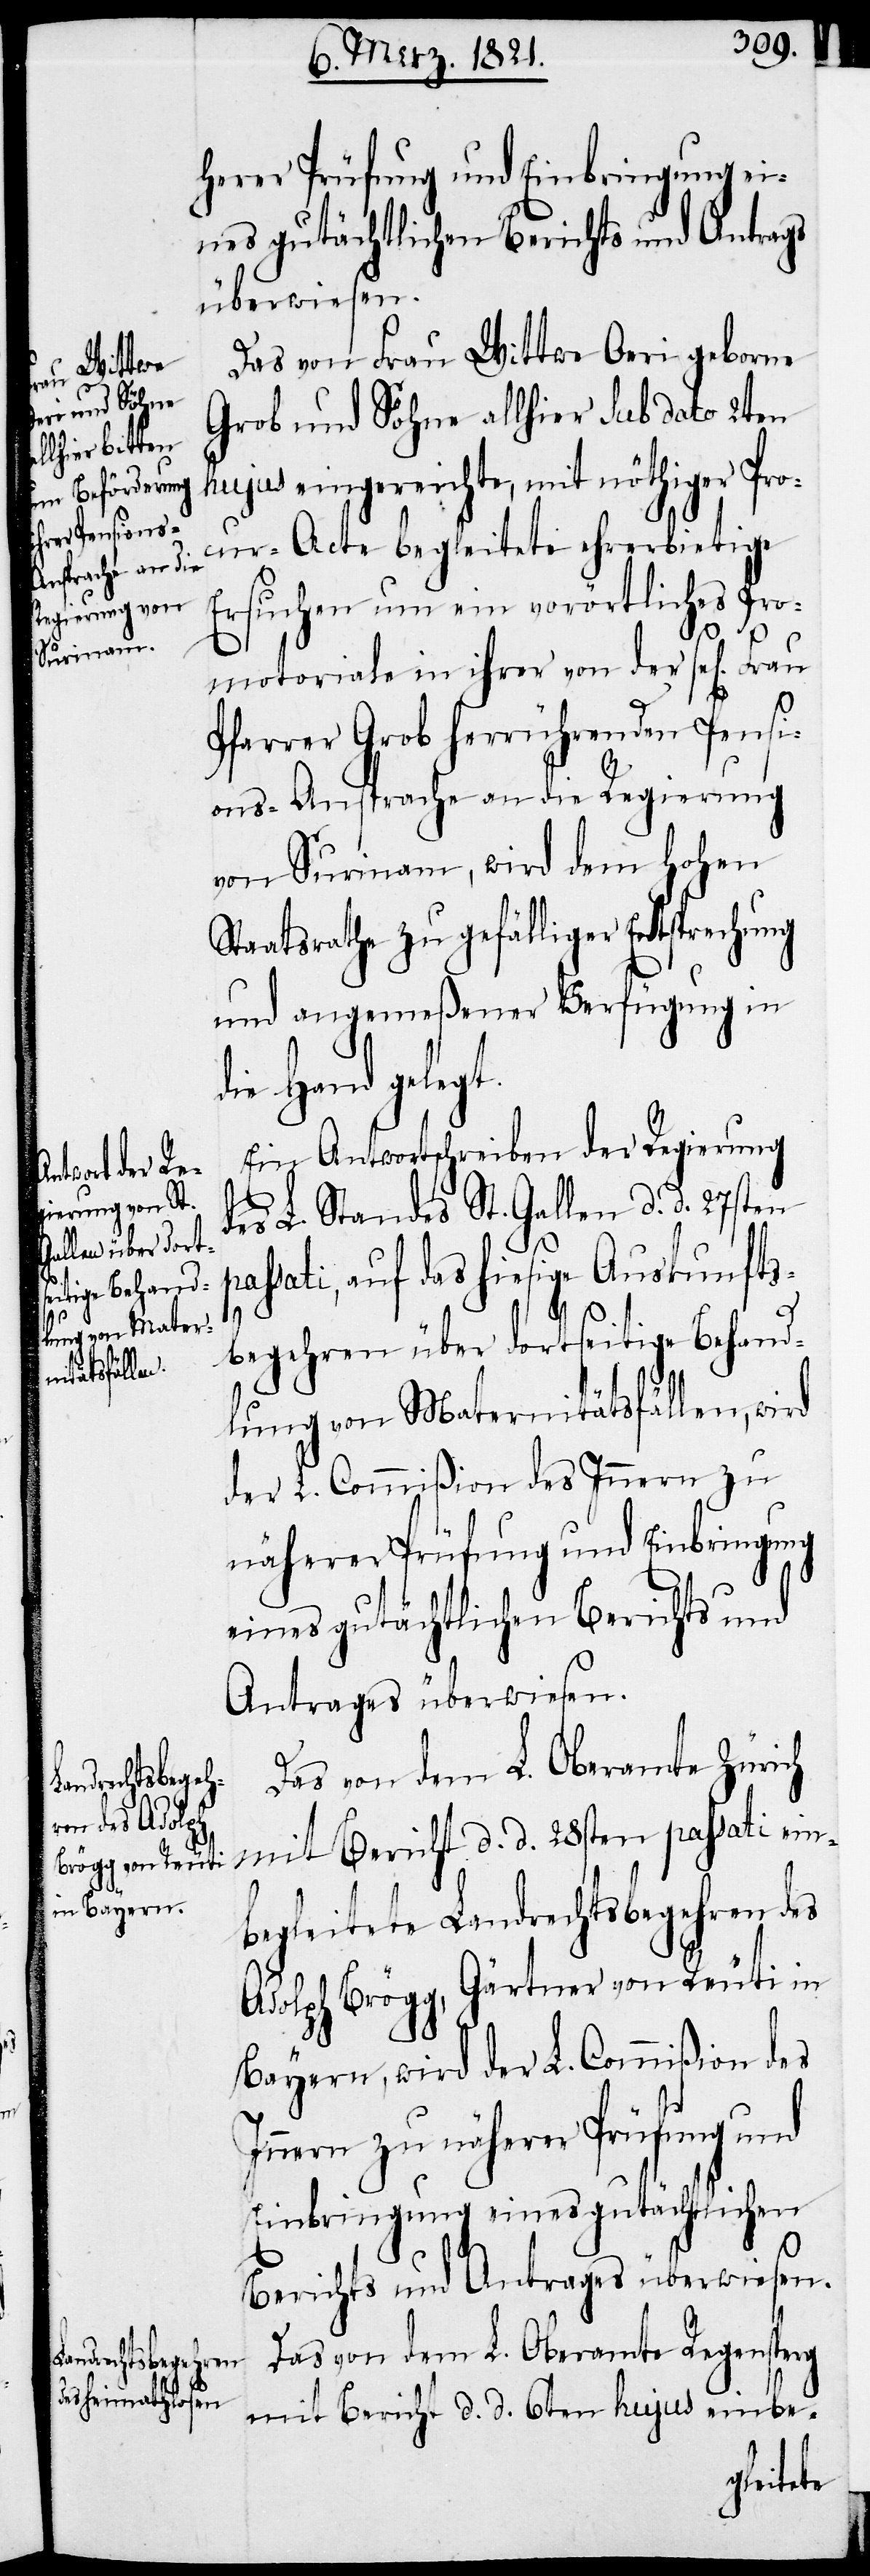
herer Prüfung und Einbringung ei¬
nes gutächtlichen Berichts und Antrags
überwiesen.
Das von Frau Wittwe Oeri geborne
Grob und Söhne allhier sub dato 2ten
hujus eingereichte, mit nöthiger Proc¬
ur-Acte begleitete ehrerbietige
Ersuchen um ein vorörtliches Pro¬
motoriale in ihrer von der sel[igen]
Pfarrer Grob herrührenden Pensi¬
ons-Ansprache an die Regierung
von Surinam, wird dem hohen
Staatsrathe zu gefälliger Entsprechung
und angemeßener Verfügung in
die Hand gelegt.
Ein Antwortschreiben der Regierung
des L. Standes St. Gallen d. d. 27sten
assati, auf das hiesige Auskunfts¬
p¬
begehren über dortseitige Behand¬
lung von Maternitätsfällen, wird
der L. Commißion des Innern zu
näherer Prüfung und Einbringung
eines gutächtlichen Berichts und
Antrages überwiesen.
Das von dem L. Oberamte Zürich
mit Bericht d. d. 28sten passati ein¬
begleitete Landrechtsbegehren des
Adolph Brögg, Gärtner von Reuti in
Bayern, wird der L. Commißion des
Innern zu näherer Prüfung und
Einbringung eines gutächtlichen
Berichts und Antrages überwiesen.
Das von dem L. Oberamte Regensperg
mit Bericht d. d. 6ten hujus einbe-